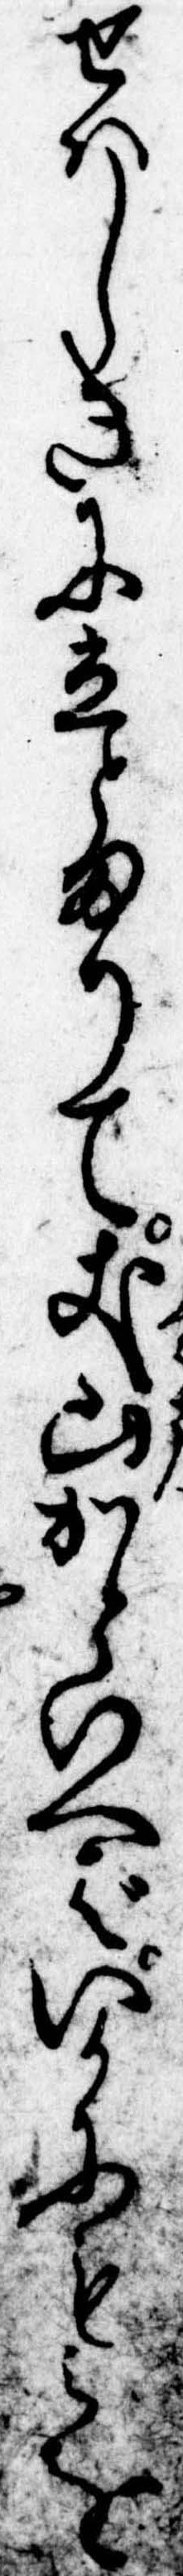
せはしきに立とまりて𠀋山かといへばいかにもみを